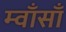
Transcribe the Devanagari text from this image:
म्वाँसाँ